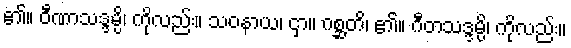
၏။ ဝီဏာသဒ္ဒမ္ပိ၊ ကိုလည်း။ သဝနာယ၊ ငှာ။ ဂစ္ဆတိ၊ ၏။ ဂီတသဒ္ဒမ္ပိ၊ ကိုလည်း။